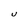
Character: U